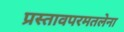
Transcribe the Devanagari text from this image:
प्रस्तावपरमतलेना